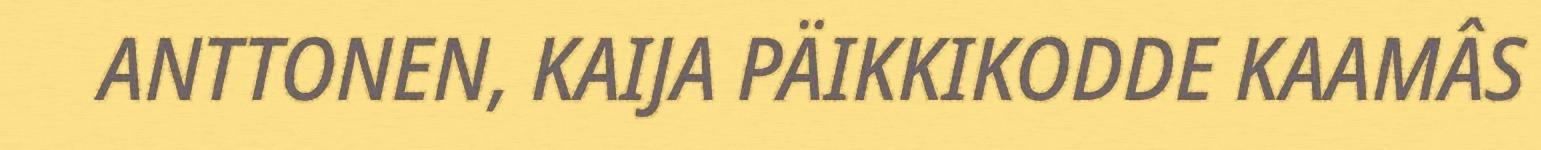
ANTTONEN, KAIJA PÄIKKIKODDE KAAMÂS